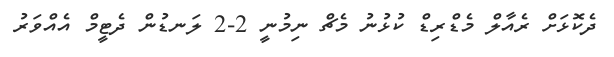
ދެކޮޅަށް ރެއާލް މެޑްރިޑް ކުޅުނު މެޗް ނިމުނީ 2-2 ލަނޑުން ދެޓީމް އެއްވަރު